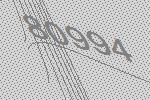
80994